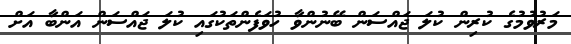
މަރުވުމުގެ ކުރިން ކުލަ ޖައްސަން ބޭނުންވާ ހުވަފެންތަކުގައި ކުލަ ޖައްސަން އަންބާ އަށް